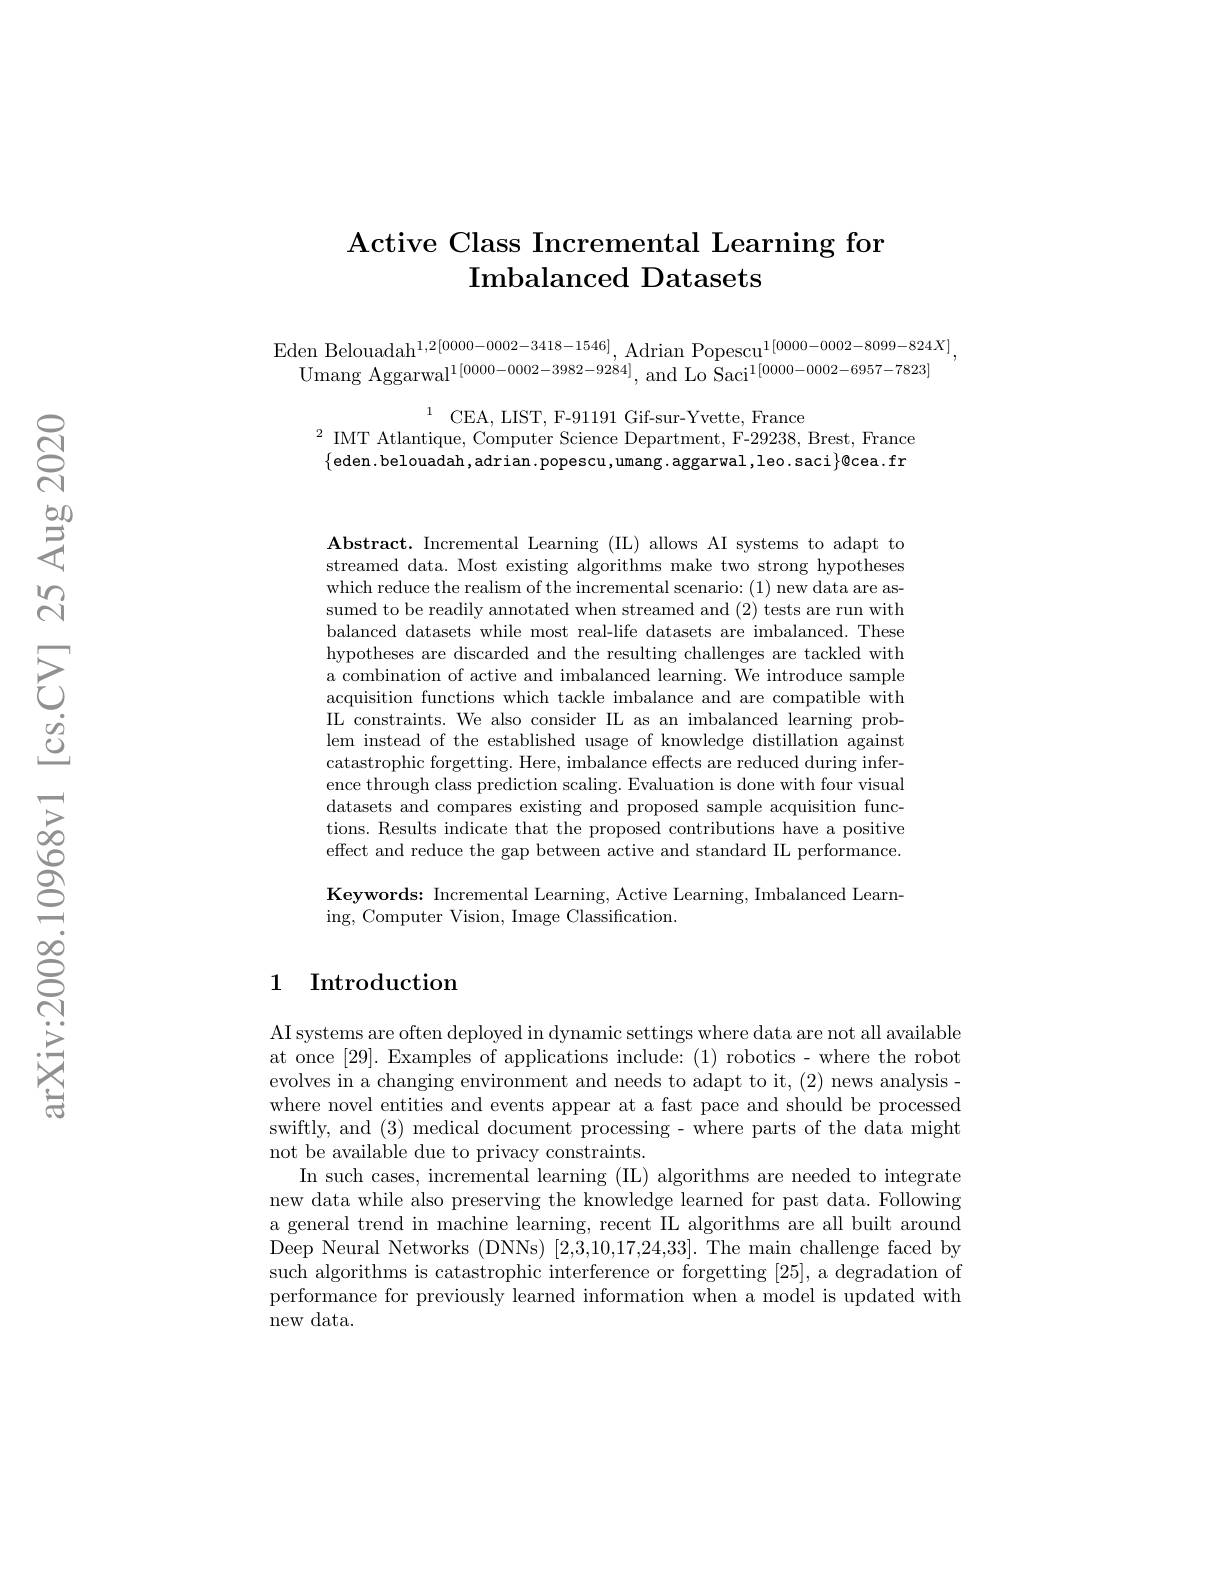
## Active Class Incremental Learning for $\textbf{Imbalanced Datasets}$

$\begin{array}{c}\mathrm{Eden~Belouadah^{1,2[0000-0002-3418-1546]},~Adrian~Popescu^{1[0000-0002-8099-824X]},}\\\mathrm{Umang~Aggarwal^{1[0000-0002-3982-9284]},~and~Lo~Saci^{1[0000-0002-6957-7823]}}\end{array}$

$\begin{array}{c}{^{1}\text{CEA, LIST, F-91191 Gif-sur-Yvette, France}}\\{\text{IMT Atlantique, Computer Science Department, F-29238, Brest, France}}\end{array}$ $\{$eden.belouadah,adrian.popescu,umang.aggarwal,leo.saci$\}\emptyset$cea.fr

$\mathbf{Abstract.~Incremental~Learning~(IL)~allows~AI~systems~to~adapt~to}$ streamed data. Most existing algorithms make two strong hypotheses which reduce the realism of the incremental scenario: (1) new data are assumed to be readily annotated when streamed and (2) tests are run with balanced datasets while most real-life datasets are imbalanced. These hypotheses are discarded and the resulting challenges are tackled with a combination of active and imbalanced learning. We introduce sample acquisition functions which tackle imbalance and are compatible with IL constraints. We also consider IL as an imbalanced learning problem instead of the established usage of knowledge distillation against catastrophic forgetting. Here, imbalance effects are reduced during inference through class prediction scaling. Evaluation is done with four visual datasets and compares existing and proposed sample acquisition functions. Results indicate that the proposed contributions have a positive effect and reduce the gap between active and standard IL performance.

Keywords: Incremental Learning, Active Learning, Imbalanced Learn-
ing, Computer Vision, Image Classification.

## 1 Introduction

AI systems are often deployed in dynamic settings where data are not all available at once [29]. Examples of applications include: (1) robotics- where the robot evolves in a changing environment and needs to adapt to it, (2) news analysiswhere novel entities and events appear at a fast pace and should be processed swiftly, and (3) medical document processing - where parts of the data might not be available due to privacy constraints.
In such cases, incremental learning (IL) algorithms are needed to integrate new data while also preserving the knowledge learned for past data. Following a general trend in machine learning, recent IL algorithms are all built around Deep Neural Networks (DNNs) [2,3,10,17,24,33]. The main challenge faced by such algorithms is catastrophic interference or forgetting [25], a degradation of performance for previously learned information when a model is updated with new data.